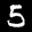
Label: 5